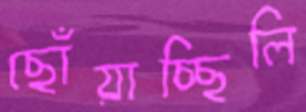
ছোঁয়াচ্ছিলি